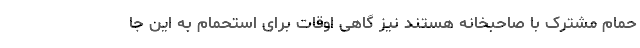
حمام مشترک با صاحبخانه هستند نیز گاهی اوقات برای استحمام به این جا